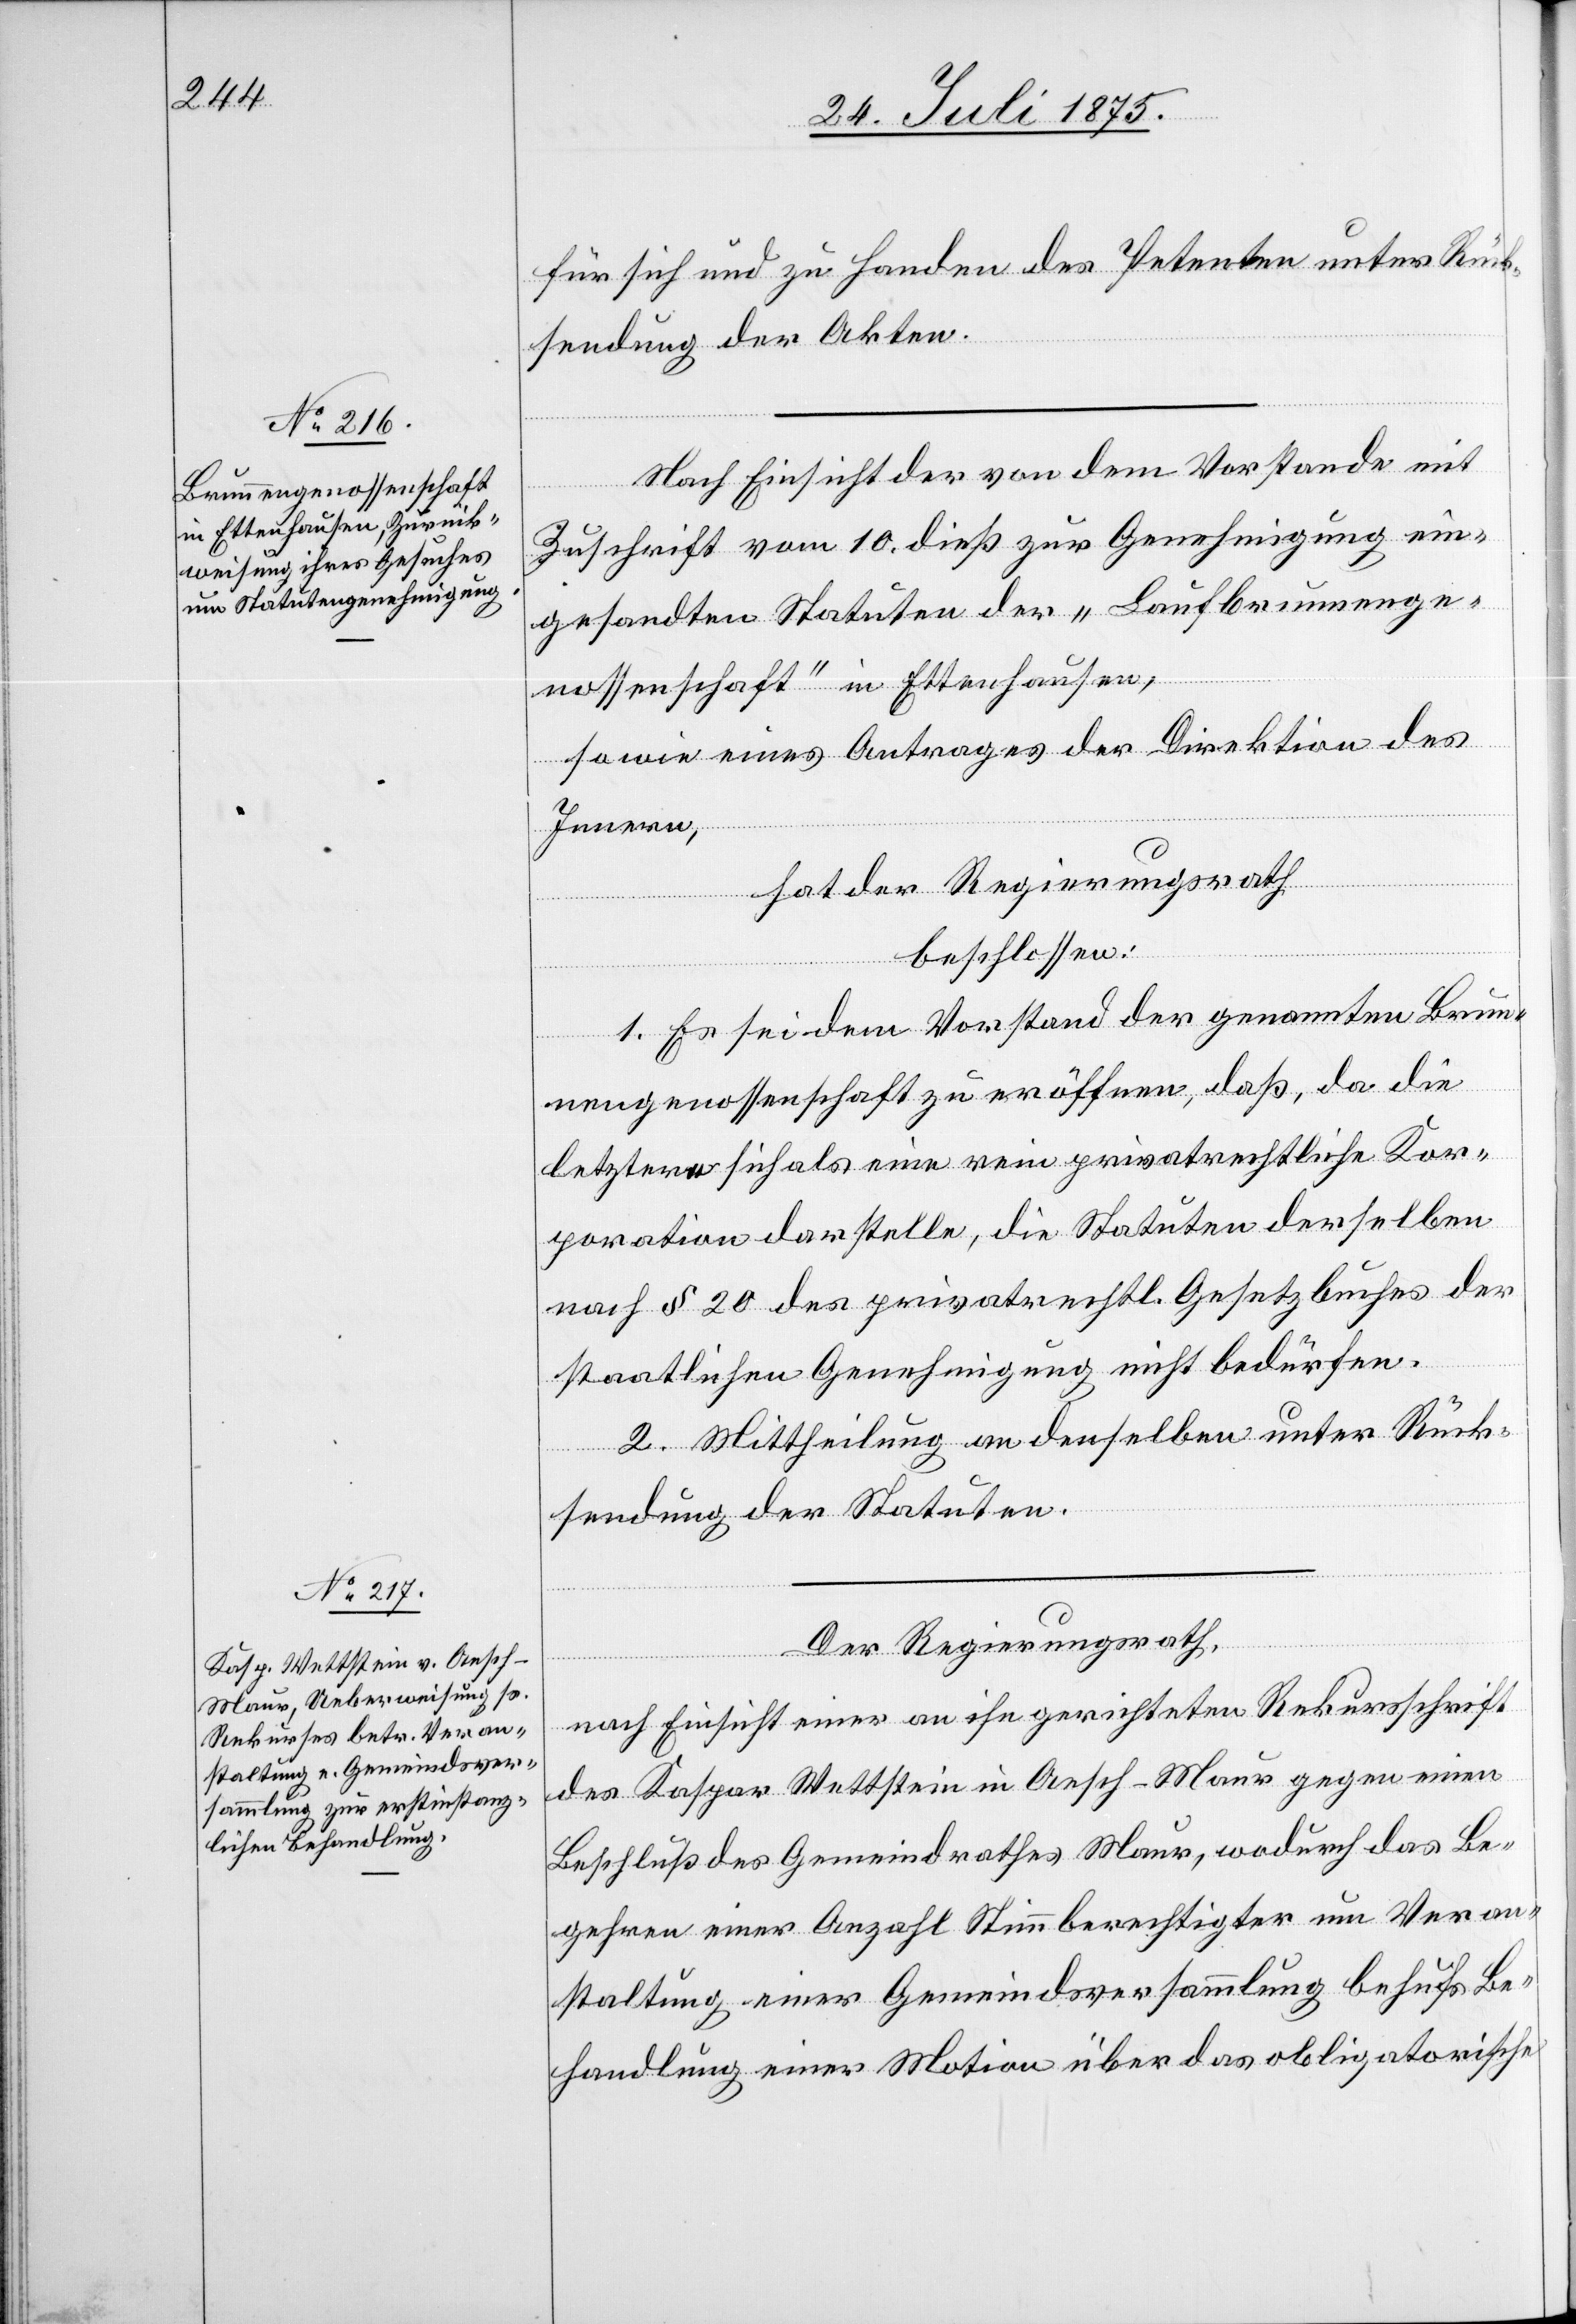
für sich und zu Handen des Petenten unter Rück¬
sendung der Akten.
Nach Einsicht der von dem Vorstande mit
Zuschrift vom 10. dieß zur Genehmigung ein¬
gesandten Statuten der „Laufbrunnenge¬
nossenschaft“ in Ettenhausen,
sowie eines Antrages der Direktion des
Innern,
hat der Regierungsrath,
beschlossen:
1. Es sei dem Vorstand der genannten Brun¬
nengenossenschaft zu eröffnen, daß, da die
letztere sich als eine rein privatrechtliche Kor¬
poration darstelle, die Statuten derselben
nach § 20 des privatrechtl. Gesetzbuches der
staatlichen Genehmigung nicht bedürfen.
2. Mittheilung an denselben unter Rück¬
sendung der Statuten.
Der Regierungsrath,
nach Einsicht einer an ihn gerichteten Rekursschrift
des Kaspar Wettstein in Aesch - Maur gegen einen
Beschluß des Gemeindrathes Maur, wodurch das Be¬
gehren einer Anzahl Stimmberechtigter um Veran¬
staltung einer Gemeindsversammlung behufs Be¬
handlung einer Motion über das obligatorische